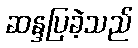
ဆန္ဒပြခဲ့သည်